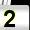
Digit: 2